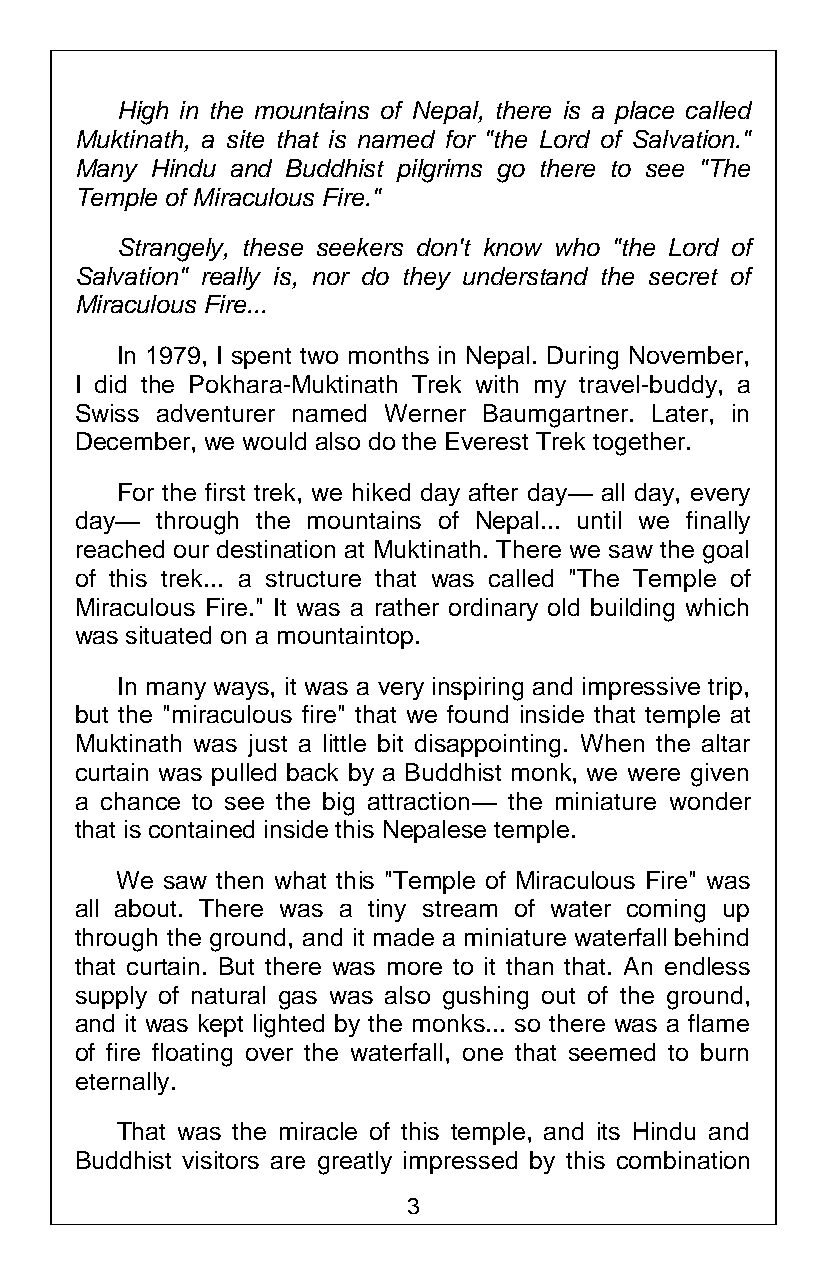
High in the mountains of Nepal, there is a place called
 Muktinath, a site that is named for "the Lord of Salvation."
 Many Hindu and Buddhist pilgrims go there to see "The
 Temple of Miraculous Fire."
 Strangely, these seekers don't know who "the Lord of
 Salvation" really is, nor do they understand the secret of
 Miraculous Fire...
 In 1979, I spent two months in Nepal. During November,
 I did the Pokhara-Muktinath Trek with my travel-buddy, a
 Swiss adventurer named Werner Baumgartner. Later, in
 December, we would also do the Everest Trek together.
 For the first trek, we hiked day after day— all day, every
 day— through the mountains of Nepal... until we finally
 reached our destination at Muktinath. There we saw the goal
 of this trek... a structure that was called "The Temple of
 Miraculous Fire." It was a rather ordinary old building which
 was situated on a mountaintop.
 In many ways, it was a very inspiring and impressive trip,
 but the "miraculous fire" that we found inside that temple at
 Muktinath was just a little bit disappointing. When the altar
 curtain was pulled back by a Buddhist monk, we were given
 a chance to see the big attraction— the miniature wonder
 that is contained inside this Nepalese temple.
 We saw then what this "Temple of Miraculous Fire" was
 all about. There was a tiny stream of water coming up
 through the ground, and it made a miniature waterfall behind
 that curtain. But there was more to it than that. An endless
 supply of natural gas was also gushing out of the ground,
 and it was kept lighted by the monks... so there was a flame
 of fire floating over the waterfall, one that seemed to burn
 eternally.
 That was the miracle of this temple, and its Hindu and
 Buddhist visitors are greatly impressed by this combination
 3